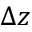
\Delta z